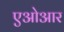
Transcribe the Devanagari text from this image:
एओआर